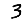
Digit: 3